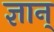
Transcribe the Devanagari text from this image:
ज्ञान्